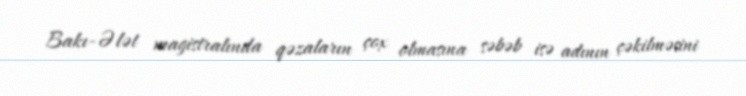
Bakı-Ələt magistralında qəzaların çox olmasına səbəb isə adının çəkilməsini